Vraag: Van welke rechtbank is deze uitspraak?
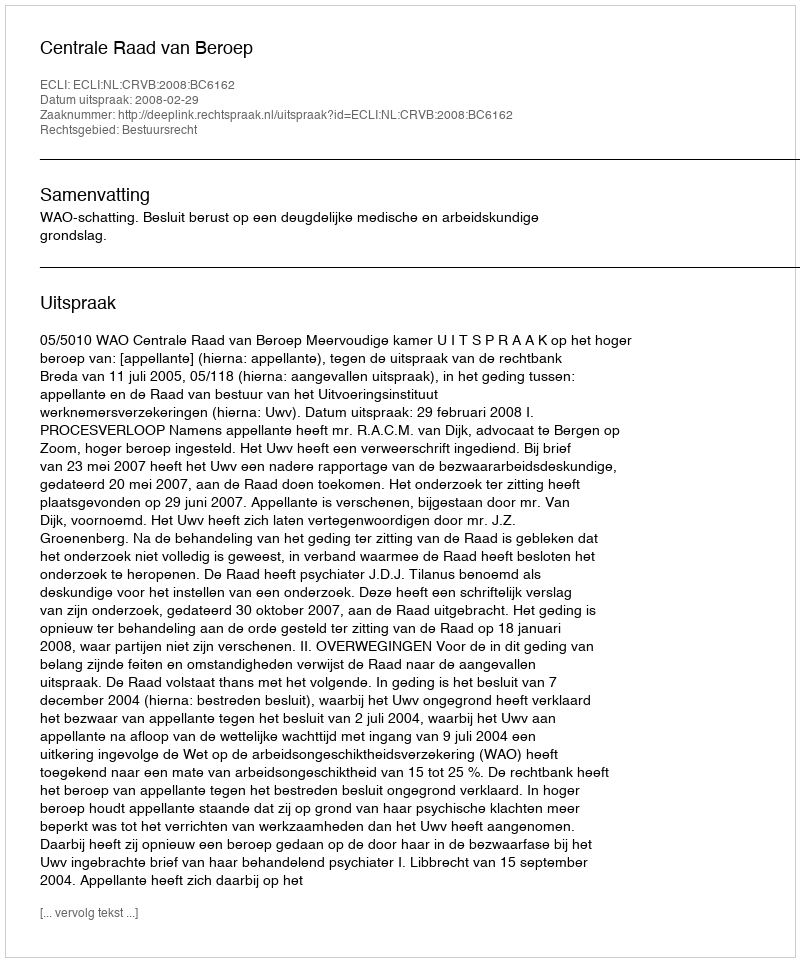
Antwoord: Centrale Raad van Beroep